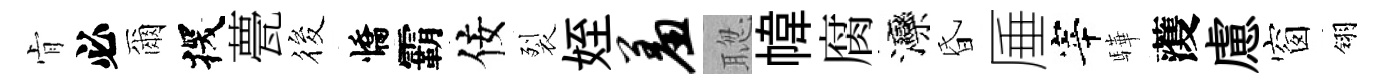
肻必爾探甍筱憍霸佞裂姪羞聦幃腐灤昏厜宰驊𮑮慮窗翎